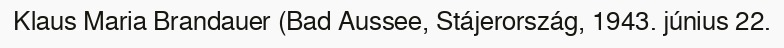
Klaus Maria Brandauer (Bad Aussee, Stájerország, 1943. június 22.